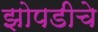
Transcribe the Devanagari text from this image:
झोपडीचे